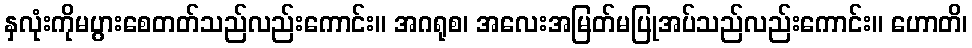
နှလုံးကိုမပွားစေတတ်သည်လည်းကောင်း။ အဂရုစ၊ အလေးအမြတ်မပြုအပ်သည်လည်းကောင်း။ ဟောတိ၊